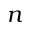
n